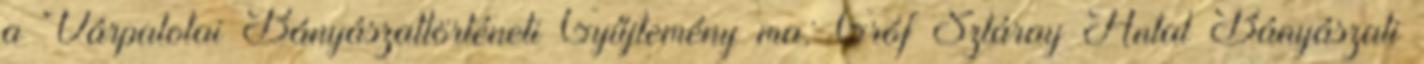
a Várpalotai Bányászattörténeti Gyűjtemény ma: Gróf Sztáray Antal Bányászati